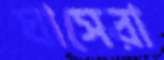
ঘাসেরা